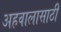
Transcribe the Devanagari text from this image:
अहवालासाठी